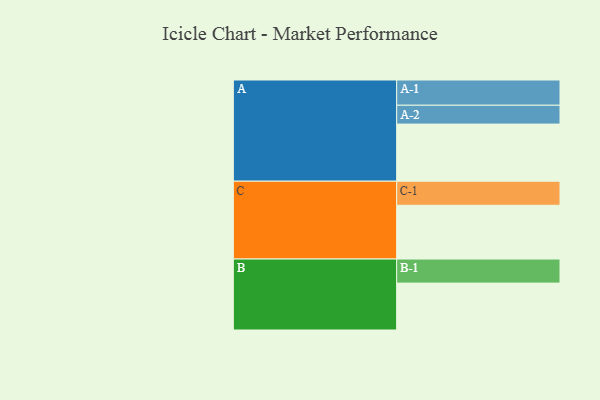
{"axis": {"x": "Segment", "y": "Value"}, "legend": ["", "A", "B", "C"], "data": [{"x": "A", "y": 591, "type": ""}, {"x": "B", "y": 485, "type": ""}, {"x": "C", "y": 556, "type": ""}, {"x": "A-1", "y": 261, "type": "A"}, {"x": "A-2", "y": 195, "type": "A"}, {"x": "B-1", "y": 249, "type": "B"}, {"x": "C-1", "y": 249, "type": "C"}]}